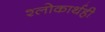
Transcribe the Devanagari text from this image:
श्लोकार्थही